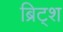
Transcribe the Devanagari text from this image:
ब्रिट्श